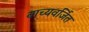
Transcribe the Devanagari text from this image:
वाच्यवर्जित